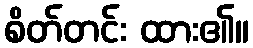
စိတ်တင်း ထား၏။